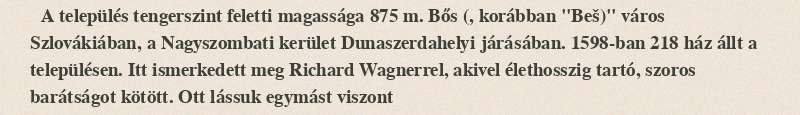
A település tengerszint feletti magassága 875 m. Bős (, korábban "Beš)" város Szlovákiában, a Nagyszombati kerület Dunaszerdahelyi járásában. 1598-ban 218 ház állt a településen. Itt ismerkedett meg Richard Wagnerrel, akivel élethosszig tartó, szoros barátságot kötött. Ott lássuk egymást viszont